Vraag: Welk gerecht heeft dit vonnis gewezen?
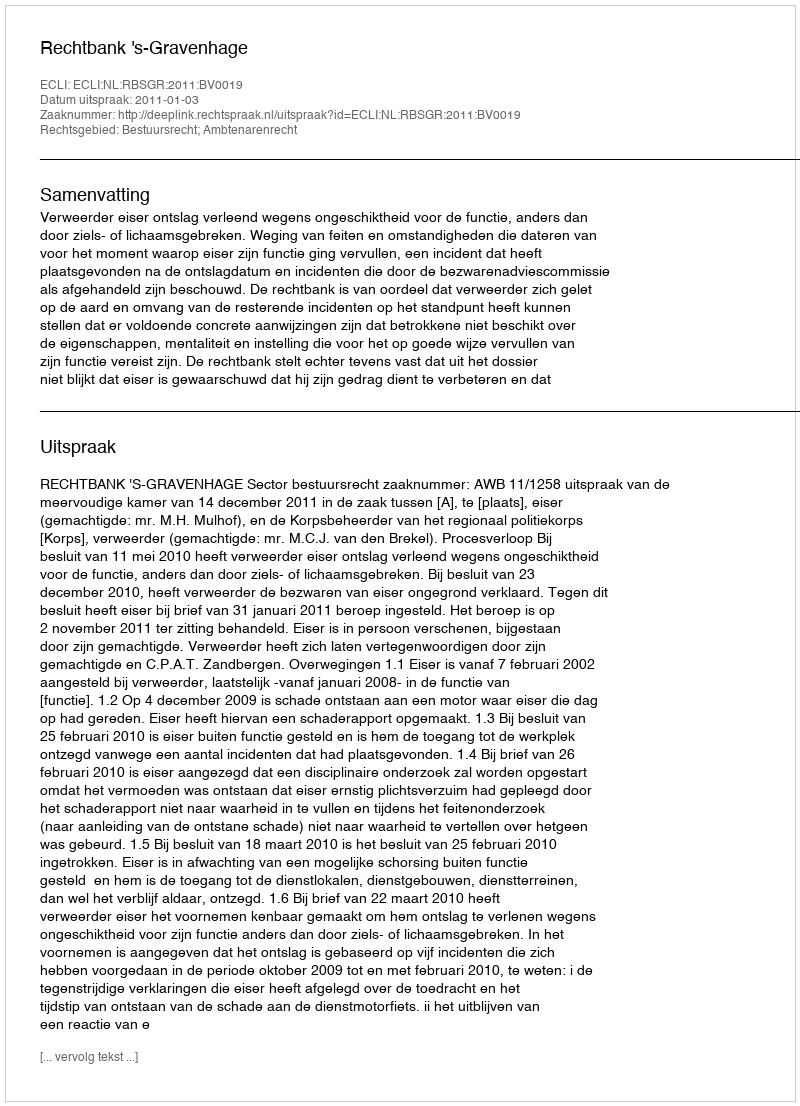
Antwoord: Rechtbank 's-Gravenhage